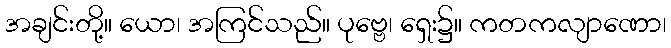
အချင်းတို့။ ယော၊ အကြင်သည်။ ပုဗ္ဗေ၊ ရှေး၌။ ကတကလျာဏော၊